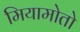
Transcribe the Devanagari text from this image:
मियामोतो